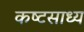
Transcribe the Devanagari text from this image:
कष्‍टसाध्‍य